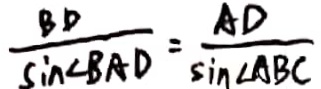
\frac { B D } { \sin \angle B A D } = \frac { A D } { \sin \angle A B C }